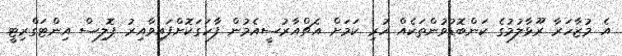
އެ މުޒާހަރާ ރޫޅާލުމުގެ ކަންބޮޑުވުންތަކެއް ހުރި ކަމަށް އެޗްއާރުސީއެމުން ފާހަގަކޮށްފައިވާއިރު ޕޮލިސް އިންޓަގްރިޓީ